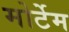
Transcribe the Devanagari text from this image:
मोर्टेम